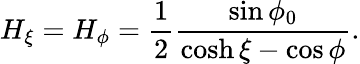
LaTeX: H_{\xi}=H_{\phi}=\frac{1}{2}\frac{\sin\phi_{0}}{\cosh\xi-\cos\phi}.